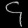
Digit: ၄